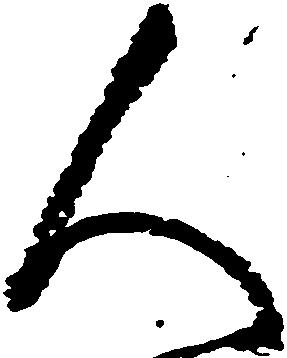
人